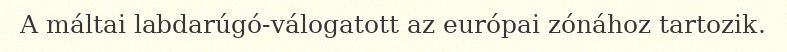
A máltai labdarúgó-válogatott az európai zónához tartozik.